画像に写った文字を読んでください
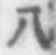
「八」と書いてあります